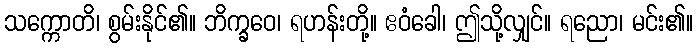
သက္ကောတိ၊ စွမ်းနိုင်၏။ ဘိက္ခဝေ၊ ရဟန်းတို့။ ဧဝံခေါ၊ ဤသို့လျှင်။ ရညော၊ မင်း၏။